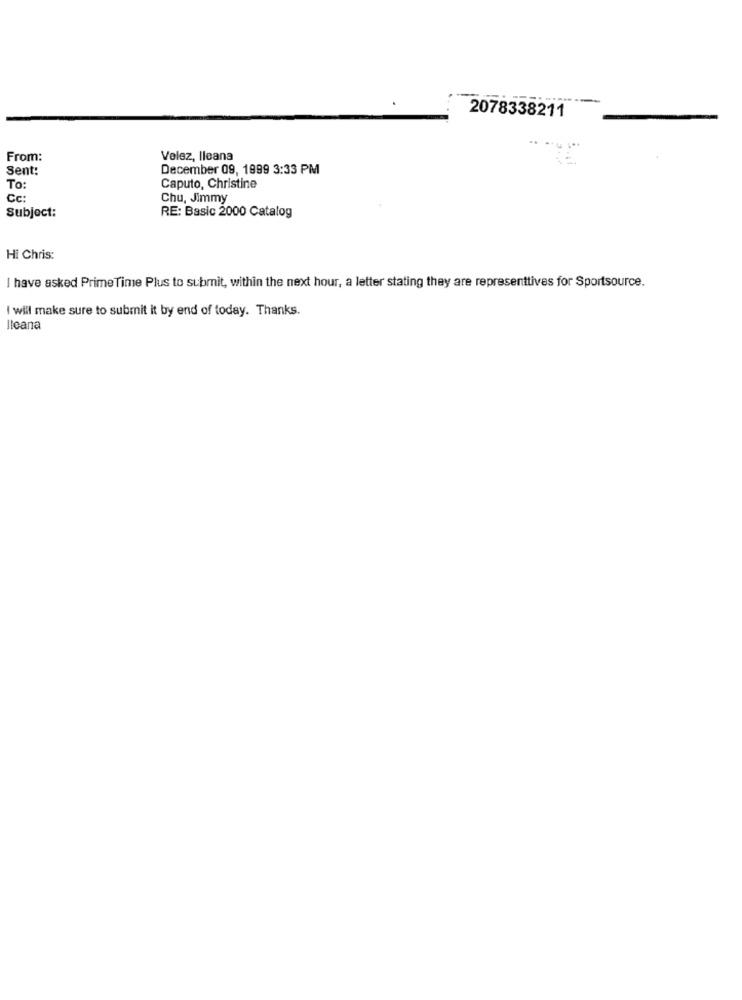
2078338211
From:
Velez, Ileana
Sent:
December 09, 1999 3:33 PM
To:
Caputo, Christine
Cc:
Chu, Jimmy
Subject:
RE: Basic 2000 Catalog
Hi Chris:
I have asked Prime Time Plus to submit, within the next hour, a letter stating they are representtives for Sportsource.
I will make sure to submit it by end of today. Thanks.
Ilcana